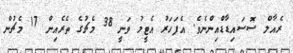
ރެއާލް ސޮސައިޑާޑްއިންނެވެ. އެފަހަރު އެޓީމު ވަނީ 38 މެޗުގެ ތެރެއިން 17 މެޗުން